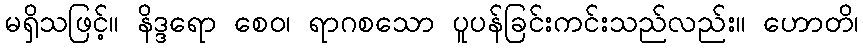
မရှိသဖြင့်။ နိဒ္ဒရော စေဝ၊ ရာဂစသော ပူပန်ခြင်းကင်းသည်လည်း။ ဟောတိ၊